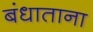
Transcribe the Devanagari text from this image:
बंधाताना